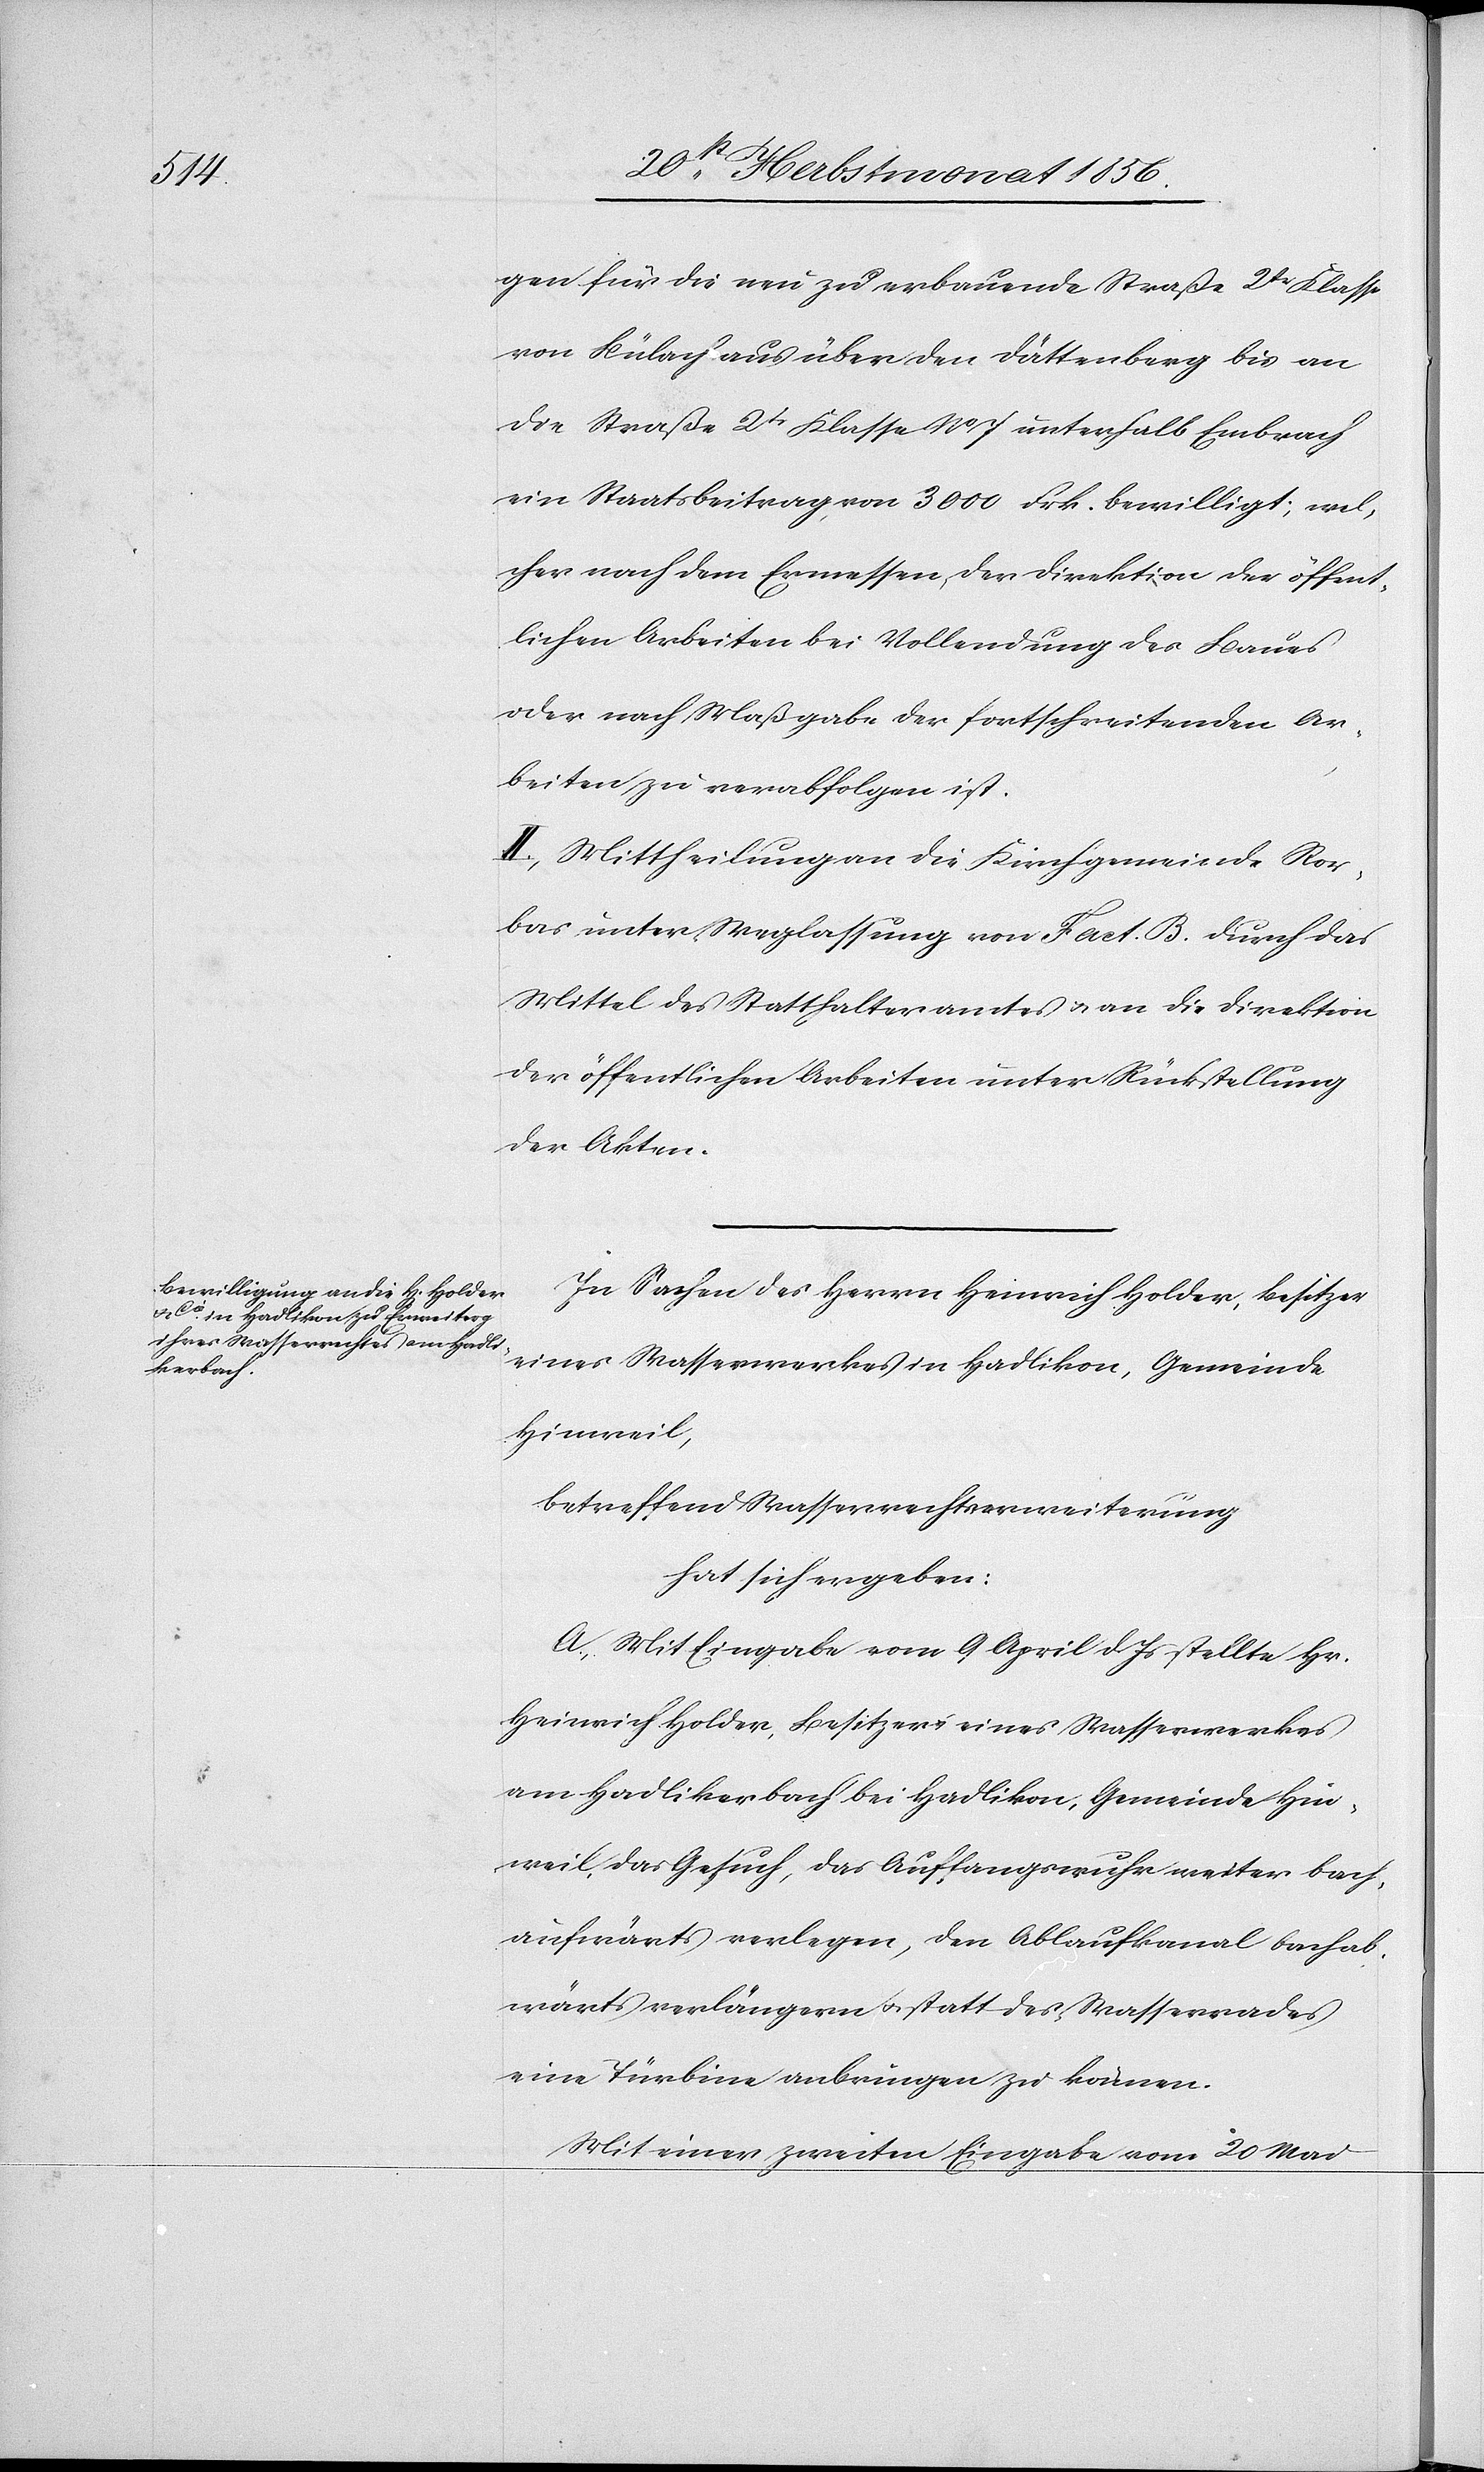
gen für die neu zu erbauende Straße 2tr Klasse
von Bülach aus über den Dättenberg bis an
die Straße 2tr Klasse No 7 unterhalb Embrach
ein Staatsbeitrag von 3000 Frk. bewilligt, wel¬
cher nach dem Ermessen der Direktion der öffent¬
lichen Arbeiten bei Vollendung des Baues
oder nach Maßgabe der fortschreitenden Ar¬
beiten zu verabfolgen ist.
II.) Mittheilung an die Kirchgemeinde Ror¬
bas unter Weglassung von Fact. B. durch das
Mittel des Statthalteramtes u. an die Direktion
der öffentlichen Arbeiten unter Rückstellung
der Akten.
In Sachen des Herrn Heinrich Holder, Besitzer
eines Wasserwerkes in Hadlikon, Gemeinde
Hinweil,
betreffend Wasserrechtserweiterung
hat sich ergeben:
A.) Mit Eingabe vom 9 April d Js stellte Hr.
Heinrich Holder, Besitzer eines Wasserwerkes
am Hadlikerbach bei Hadlikon, Gemeinde Hin¬
weil, das Gesuch, das Auffangswuhr weiter bach¬
aufwärts verlegen, den Ablaufkanal bachab¬
wärts verlängern u. statt des Wasserrades
eine Türbine anbringen zu können.
Mit einer zweiten Eingabe vom 20 Mai